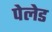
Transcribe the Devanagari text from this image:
पेलेड